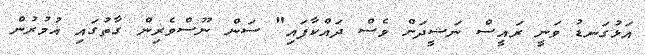
އަޅުގަނޑު ވަނީ ރައީސް ނަޝީދަށް ވެސް ދައްކާފައި" ސަން ނޫސްވެރިން ގާތުގައި އުމުރުން